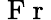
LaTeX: {\mathrm{~F~r~}}